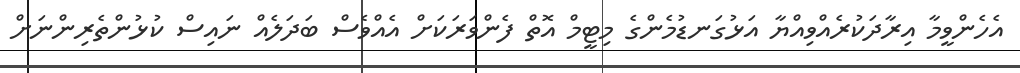
އެހެންވީމާ އިރާދަކުރެއްވިއްޔާ އަޅުގަނޑުމެންގެ މިޓީމް އޮތް ފެންވަރަކަށް އެއްވެސް ބަދަލެއް ނައިސް ކުޅުންތެރިންނަށް